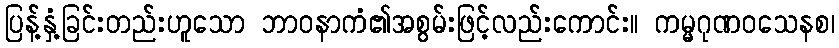
ပြန့်နှံ့ခြင်းတည်းဟူသော ဘာဝနာကံ၏အစွမ်းဖြင့်လည်းကောင်း။ ကမ္မဂုဏဝသေနစ၊